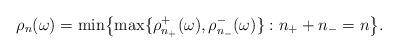
LaTeX: \begin{align*}\rho_n(\omega)=\min\bigl\{\max\{\rho_{n_+}^+(\omega),\rho_{n_-}^-(\omega)\}: n_++n_-=n\bigr\}.\end{align*}